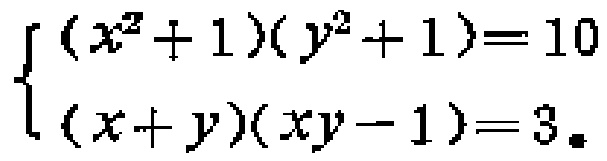
\[\begin{cases}(x^{2}+1)(y^{2}+1)=10\\(x + y)(xy - 1)=3\end{cases}\]